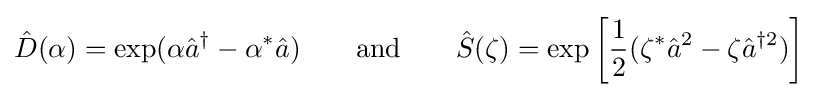
{\hat {D}}(\alpha )=\exp(\alpha {\hat {a}}^{\dagger }-\alpha ^{*}{\hat {a}})\qquad {\text{and}}\qquad {\hat {S}}(\zeta )=\exp {\bigg [}{\frac {1}{2}}(\zeta ^{*}{\hat {a}}^{2}-\zeta {\hat {a}}^{\dagger 2}){\bigg ]}